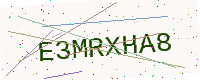
Text: E3MRXHA8